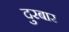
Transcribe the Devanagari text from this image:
दुरबार